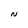
Character: N